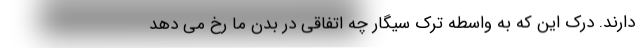
دارند. درک این که به واسطه ترک سیگار چه اتفاقی در بدن ما رخ می دهد